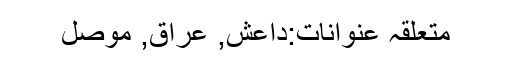
متعلقہ عنوانات‬:داعش, عراق, موصل